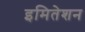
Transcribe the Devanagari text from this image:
इमितेशन